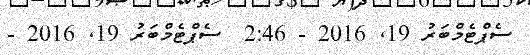
ސެޕްޓެމްބަރު 19